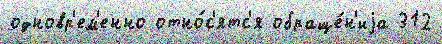
одновр'ем'енно отно́с'ятс'я обраще́н'иjа 312